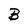
Character: B